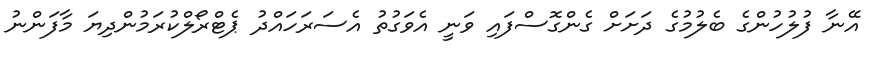
އޭނާ ފުލުހުންގެ ބެލުމުގެ ދަށަށް ގެންގޮސްފައި ވަނީ އެވަގުތު އެސަރަހައްދު ޕެޓްރޯލްކުރަމުންދިޔަ މާފަންނު